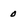
Character: 0